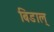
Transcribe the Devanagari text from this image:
बिडाल्